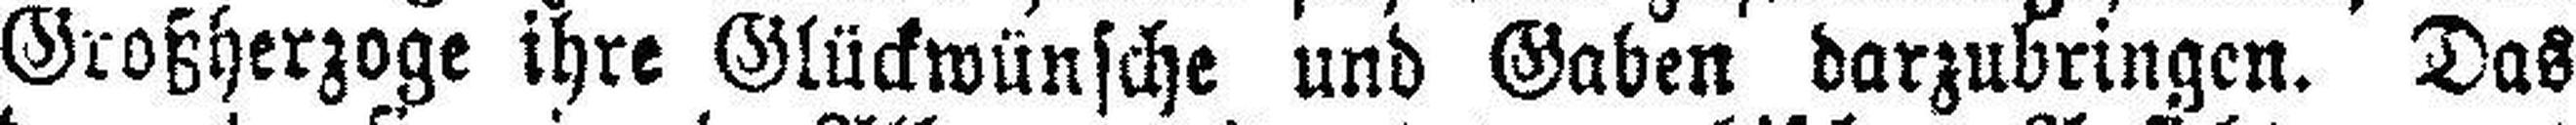
Großherzoge ihre Glückwünsche und Gaben darzubringen. Das